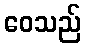
ဝေသည်